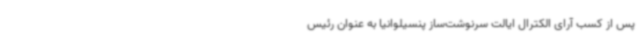
پس از کسب آرای الکترال ایالت سرنوشت‌ساز پنسیلوانیا به عنوان رئیس‌